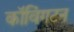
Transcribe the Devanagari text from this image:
कॉविंगटन